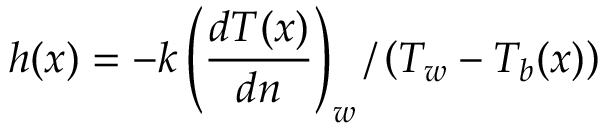
h ( x ) = - k \left( \frac { d T ( x ) } { d n } \right) _ { w } / \left( T _ { w } - T _ { b } ( x ) \right)